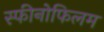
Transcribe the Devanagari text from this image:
स्फीनोफिलम